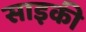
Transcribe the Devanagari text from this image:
साइकी